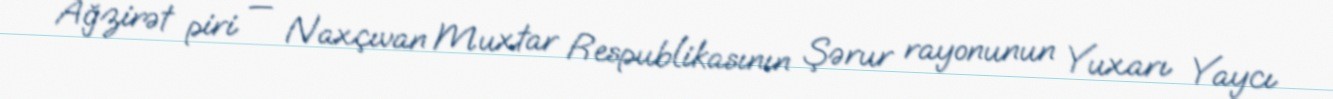
Ağzirət piri — Naxçıvan Muxtar Respublikasının Şərur rayonunun Yuxarı Yaycı